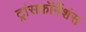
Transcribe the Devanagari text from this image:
ट्रांसफॉर्मेशंस